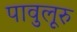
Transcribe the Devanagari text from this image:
पावुलूरु